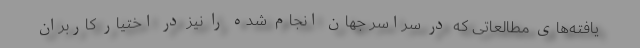
یافته‌های مطالعاتی که در سراسر جهان انجام شده را نیز در اختیار کاربران